Physical education and physical well-being, 1936
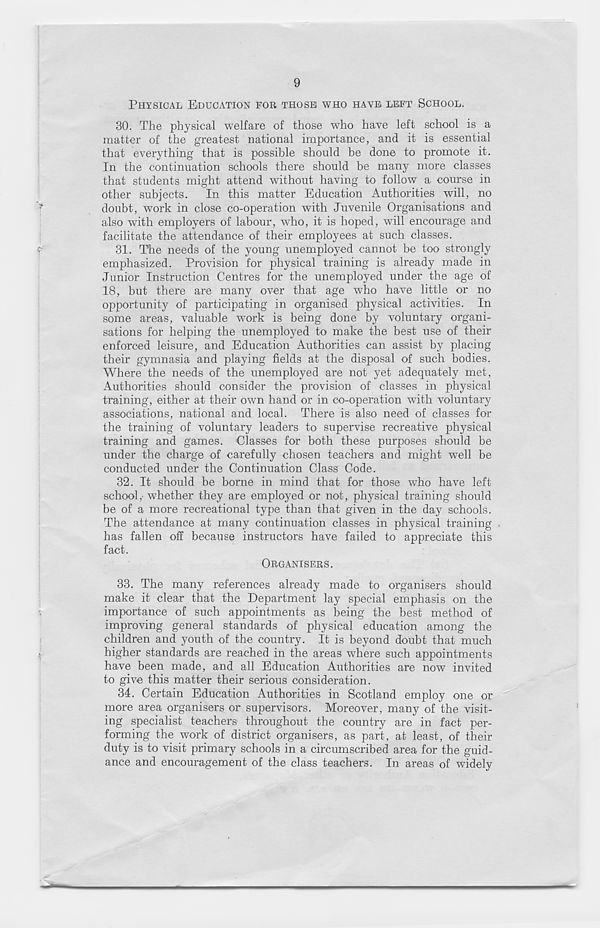
9
PHYSICAL EDUCATION FOR THOSE WHO HAVE LEFT SCHOOL.
30. The physical welfare of those who have left school is a
matter of the greatest national importance, and it is essential
that everything that is possible should be done to promote it.
In the continuation schools there should be many more classes
that students might attend without having to follow a course in
other subjects. In this matter Education Authorities will, no
doubt, work in close co-operation with Juvenile Organisations and
also with employers of labour, who, it is hoped, will encourage and
facilitate the attendance of their employees at such classes.
31. The needs of the young unemployed cannot be too strongly
emphasized. Provision for physical training is already made in
Junior Instruction Centres for the unemployed under the age of
18, but there are many over that age who have little or no
opportunity of participating in organised physical activities. In
some areas, valuable work is being done by voluntary organi-
sations for helping the unemployed to- make the best use of their
enforced leisure, and Education Authorities can assist by placing
their gymnasia and playing fields at the disposal of such bodies.
Where the needs of the unemployed are not yet adequately met,
Authorities should consider the provision of classes in physical
training, either at their own hand or in co-operation with voluntary
associations, national and local. There is also need of classes for
the training of voluntary leaders to supervise recreative physical
training and games. Classes for both these purposes should be
under the charge of carefully chosen teachers and might well be
conducted under the Continuation Class Code.
32. It should be borne in mind that for those who have left
school,- whether they are employed or not, physical training should
be of a more recreational type than that given in the day schools.
The attendance at many continuation classes in physical training
has fallen off because instructors have failed to appreciate this
fact.
ORGANISERS.
33. The many references already made to organisers should
make it clear that the Department lay special emphasis on the
importance of such appointments as being the best method of
improving general standards of physical education among the
children and youth of the country. It is beyond doubt that much
higher standards are reached in the areas where such appointments
have been made, and all Education Authorities are now invited
to give this matter their serious consideration.
34. Certain Education Authorities in Scotland employ one or
more area organisers or supervisors. Moreover, many of the visit-
ing specialist teachers throughout the country are in fact per-
forming the work of district organisers, as part, at least, of their
duty is to visit primary schools in a circumscribed area for the guid-
ance and encouragement of the class teachers. In areas of widely